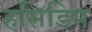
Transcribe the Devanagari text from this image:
हसिडिम